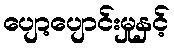
ပျော့ပျောင်းမှုနှင့်